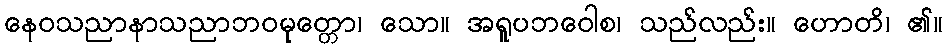
နေဝသညာနာသညာဘဝမုတ္တော၊ သော။ အရူပဘဝေါစ၊ သည်လည်း။ ဟောတိ၊ ၏။